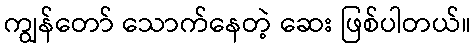
ကျွန်တော် သောက်နေတဲ့ ဆေး ဖြစ်ပါတယ်။